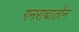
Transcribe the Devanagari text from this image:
गनराच्चातोन